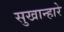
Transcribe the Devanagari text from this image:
सुखान्हारे